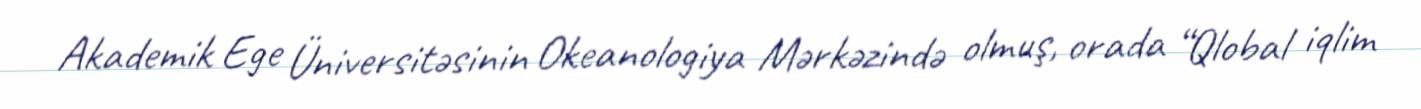
Akademik Ege Üniversitəsinin Okeanologiya Mərkəzində olmuş, orada “Qlobal iqlim